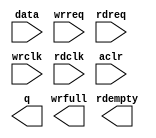
module fifo_bias_gen (
		input  wire [511:0] data,    //  fifo_input.datain
		input  wire         wrreq,   //            .wrreq
		input  wire         rdreq,   //            .rdreq
		input  wire         wrclk,   //            .wrclk
		input  wire         rdclk,   //            .rdclk
		input  wire         aclr,    //            .aclr
		output wire [511:0] q,       // fifo_output.dataout
		output wire         rdempty, //            .rdempty
		output wire         wrfull   //            .wrfull
	);
endmodule